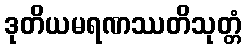
ဒုတိယမရဏဿတိသုတ္တံ